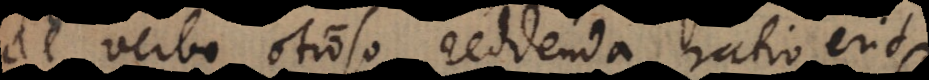
de verbo otioso reddenda ratio erit,